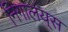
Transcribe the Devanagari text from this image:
निगालंय्‌स